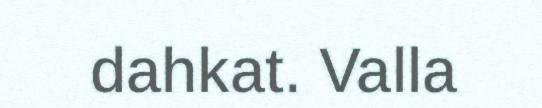
dahkat. Valla